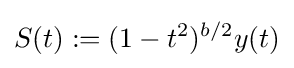
S(t):=(1-t^{2})^{b/2}y(t)